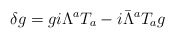
\begin{align*}\delta g=gi\Lambda^aT_a-i\bar\Lambda^aT_ag\end{align*}